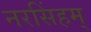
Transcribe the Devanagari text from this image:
नरसिंहम्